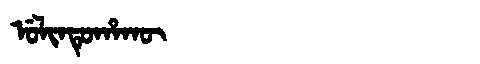
Manchu: ᡠᠯᡳᠨᡨᡠᡥᠠᡴᡡ
Romanization: ULINTUHAKŪ